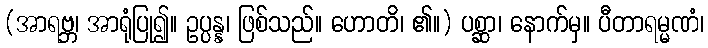
(အာရဗ္ဘ၊ အာရုံပြု၍။ ဥပ္ပန္န၊ ဖြစ်သည်။ ဟောတိ၊ ၏။) ပစ္ဆာ၊ နောက်မှ။ ပီတာရမ္မဏံ၊